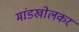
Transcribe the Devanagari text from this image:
मांडखोलकर